Report of the Hyderabad Chloroform Commission
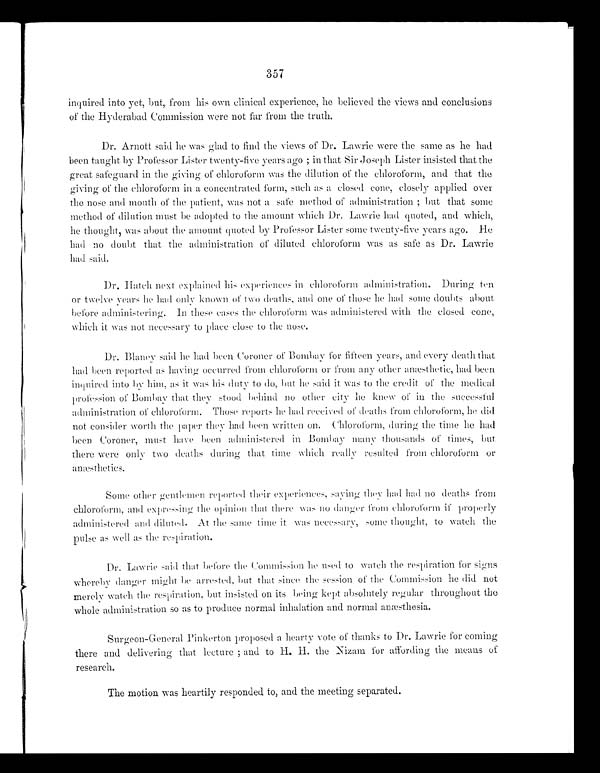
357
inquired into yet, but, from his own clinical experience, he believed the views and conclusions
of the Hyderabad Commission were not far from the truth.
Dr. Arnott said he was glad to find the views of Dr. Lawrie were the same as he had
been taught by Professor Lister twenty-five years ago ; in that Sir Joseph Lister insisted that the
great safeguard in the giving of chloroform was the dilution of the chloroform, and that the
giving of the chloroform in a concentrated form, such as a closed cone, closely applied over
the nose and mouth of the patient, was not a safe method of administration ; but that some
method of dilution must be adopted to the amount which Dr. Lawrie had quoted, and which,
he thought, was about the amount quoted by Professor Lister some twenty-five y ears ago. He
had no doubt that the administration of diluted chloroform was as safe as Dr. Lawrie
had said.
Dr. Hatch next explained his experiences in chloroform administration. During ten
or twelve years he had only known of two deaths, and one of those he had some doubts about
before administering. In these case the chloroform was administered with the closed cone,
which it was not necessary to place close to the nose.
Dr. Blane y said he had been Coroner of Bombay for fifteen years, and every death that
had been reported as haying occurred from chloroform or from any other anæsthetic, had been
inquired into by him, as it was his duty to do, but he said it was to the credit of the medical
profession of Bombay that they stood behind no other city he knew of in the successful
administration of chloroform. Those reports he had received of deaths from chloroform, he did
not consider worth the paper they had been written on. Chloroform, during the time he had
been Coroner, must have been administered in Bombay many thousands of times, but
there were only two deaths during that time which really resulted from chloroform or
anæsthetics.
Some other gentlemen reported their experiences, saying they had had no deaths from
chloroform, and expressing the opinion that there was no danger from chloroform if properly
administered and diluted. At the same time it was necessary, some thought, to watch the
pulse as well as the respiration.
Dr. Lawrie said that before the Commission he used to watch the respiration for signs
whereby danger might be arrested, but that since the session of the Commission he did not
merel y watch the respiration, but insisted on its being kept absolutely regular throughout the
whole administration so as to produce normal inhalation and normal anæsthesia.
Surgeon-General Pinkerton proposed a heart y vote of thanks to Dr. Lawrie for coming
there and delivering that lecture ; and to H.H. the Nizam for affording the means of
research.
The motion was heartily responded to, and the meeting separated.